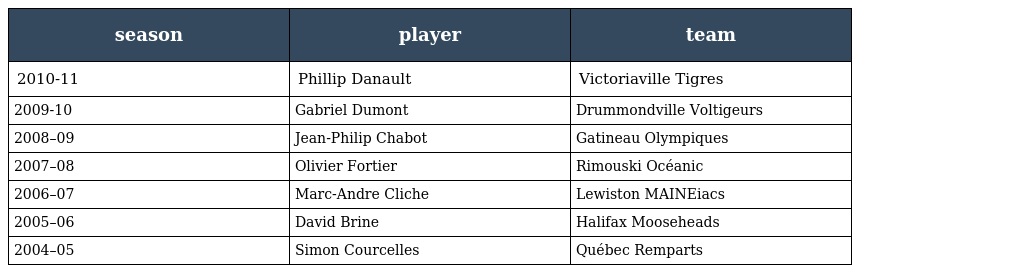
| season | player | team |
 | --- | --- | --- |
 | 2010-11 | Phillip Danault | Victoriaville Tigres |
 | 2009-10 | Gabriel Dumont | Drummondville Voltigeurs |
 | 2008–09 | Jean-Philip Chabot | Gatineau Olympiques |
 | 2007–08 | Olivier Fortier | Rimouski Océanic |
 | 2006–07 | Marc-Andre Cliche | Lewiston MAINEiacs |
 | 2005–06 | David Brine | Halifax Mooseheads |
 | 2004–05 | Simon Courcelles | Québec Remparts |